Medical and sanitary report of the native army of Bengal for the year
Year: 1875
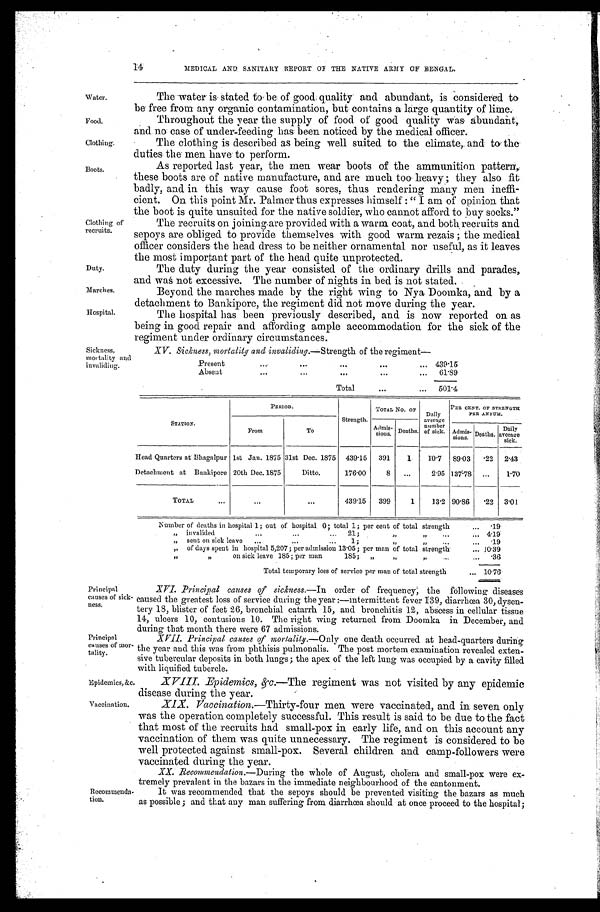
Water.
Food.
Clothing.
Boots.
Duty.
Marches.
Hospital.
XV. Sickness, mortality and invaliding .—Strength of the regiment—
Present
.
.
. 439.15
Absent
.
.
.
61.89
Total . . .
501.4
Sickness,
mortality and
invaliding.
Epidemics, &c.
Vaccination.
14
MEDICAL AND SANITARY REPORT OF THE NATIVE ARMY OF BENGAL.
Clothing of
recruits.
The water is stated to be of good quality and abundant, is Considered to
be free from any organic contamination, but contains a large quantity of lime.
Throughout the year the supply of food of good quality was abundant,
and no case of under-feeding has been noticed by the medical officer.
The clothing is described as being well suited to the climate, and to the
duties the men have to perform.
As reported last year, the men wear boots of the ammunition pattern,
these boots are of native manufacture, and are much too heavy ; they also fit
badly, and in this way cause foot sores, thus rendering many men ineffi
-cient. On this point Mr. Palmer thus expresses himself : "I am of opinion that
the boot is quite unsuited for the native soldier, who cannot afford to buy socks."
The recruits on joining are provided with a warm coat, and both recruits and
sepoys are obliged to provide themselves with good warm rezais ; the medical
officer considers the head dress to be neither ornamental nor useful, as it leaves
the most important part of the head quite unprotected.
The duty during the year consisted of the ordinary drills and parades,
and was not excessive. The number of nights in bed is not stated.
Beyond the marches made by the right wing to Nya Doomka, and by a
detachment to Bankipore, the regiment did not move during the year.
The hospital has been previously described, and is now reported on as
being in good repair and affording ample accommodation for the sick of the
regiment under ordinary circumstances.
STATION.
PERIOD.
Strength.
TOTAL NO. OF Daily
average
number
of sick.
PER CENT. OF STRENGTH
PER ANNUM.
From
To
Admi
s-sions. Deaths.
Admi
s-sions. Deaths.
Daily
average
sick.
Head Quarters at Bhagalpur 1st Jan. 1875 31st Dec. 1875 439.15
391
1
10.7
89.03 .22
2.43
Detachment at Bankipore 20th Dec. 1875
Ditto.
176.00
8
. . .
2.95 137.78
. . .
1.70
TOTAL . . .
. . .
. . .
439.15
399
1
13.2 90.86
.22 3.01
Number of deaths in hospital 1; out of hospital 0; total 1; per cent of total strength . . .
.19
" invalided . . . 21;
" " . . .
4.19
" s e n t o n s i c k l e a v e " 1 ; " " . . .
.19
" of days spent in hospital 5,207; per admission 13.05; per man of total strength. . . . 10.39
" " on sick leave 185; per man 185; " " " . . .
.36
Total temporary loss of service per man of total strength . . .
10.76
Principal
causes of sick-
ness.
Principal
causes of mor
-tality.
XVI. Principal causes of sickness .—In order of frequency; the following diseases
caused the greatest loss of service during the year :—intermittent fever 139, diarrhœa 30, dysen
- t e r y 1 8 , b l i s t e r o f f e e t 2 6 , b r o n c h i a l c a t a r r h 1 5 , a n d b r o n c h i t i s 1 2 , a b s c e s s i n c e l l u l a r t i s s u e
14, ulcers 10, contusions 10. The right wing returned from Doomka in December, and
during that month there were 67 admissions.
XVII. Principal causes of mortality.—Only one death occurred at head-quarters during
the year and this was from phthisis pulmonalis. The post mortem examination revealed exten
- s i v e t u b e r c u l a r d e p o s i t s i n b o t h l u n g s ; t h e a p e x o f t h e l e f t l u n g w a s o c c u p i e d b y a c a v i t y f i l l e d
with liquified tubercle.
Recommenda
-tion.
XVIII. Epidemics, &c.—The regiment was not visited by any epidemic
disease during the year.
XIX. Vaccination .—Thirty-four men were vaccinated, and in seven only
was the operation completely successful. This result is said to be due to the fact
that most of the recruits had small-pox in early life, and on this account any
vaccination of them was quite unnecessary. The regiment is considered to be
well protected against small-pox. Several children and camp-followers were
vaccinated during the year.
XX. Recommendation .—During the whole of August, cholera and small-pox were ex
-tremely prevalent in the bazars in the immediate neighbourhood of the cantonment.
It was recommended that the sepoys should be prevented visiting the bazars as much
as possible; and that any man suffering from diarrhœa should at once proceed to the hospital ;